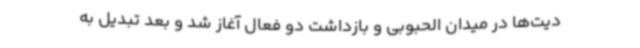
دیت‌ها در میدان الحبوبی و بازداشت دو فعال آغاز شد و بعد تبدیل به